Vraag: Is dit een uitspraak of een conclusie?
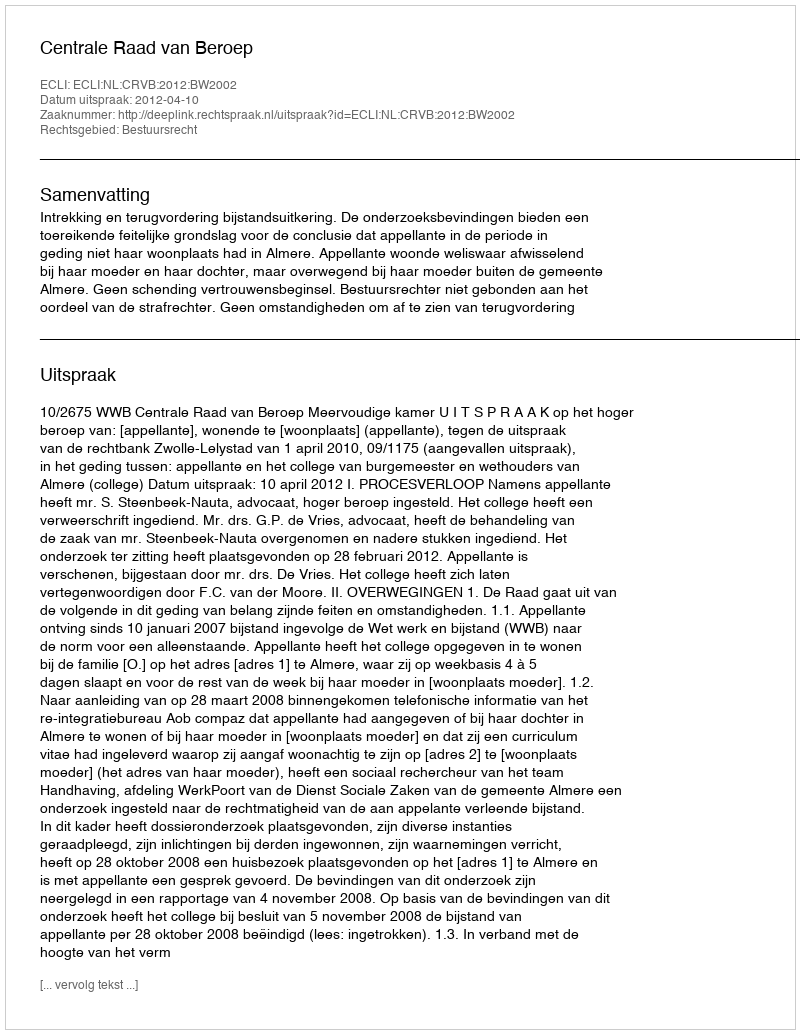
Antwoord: Uitspraak